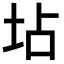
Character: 坫